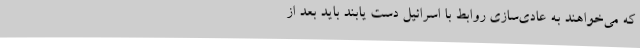
که می‌خواهند به عادی‌سازی روابط با اسرائیل دست یابند باید بعد از